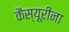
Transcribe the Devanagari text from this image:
कैस्यूरीना